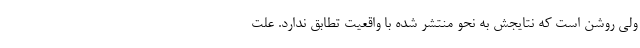
ولی روشن است که نتایجش به نحو منتشر شده با واقعیت تطابق ندارد. علت